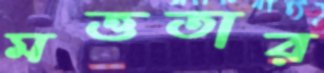
মত্ততার